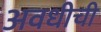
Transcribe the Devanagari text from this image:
अवधीची